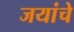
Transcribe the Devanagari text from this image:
जयांचे